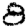
Digit: 8